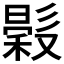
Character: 𢒳